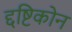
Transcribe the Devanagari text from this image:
द्दष्टिकोन